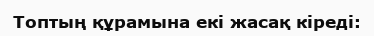
Топтың құрамына екі жасақ кіреді: